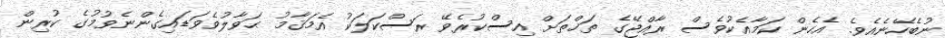
ނުބެހޭނެއެވެ. އެހެން ކަމާއެކުވެސް ރާއްޖޭގެ ތަޚްތަށް އިސްކުރެވޭ ރަސްކަލަކު އެމަޤާމު ޙަވާލުވެވަޑައިގެންނެވުމުގެ ކުރިން